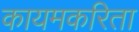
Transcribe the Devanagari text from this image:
कायमकरिता